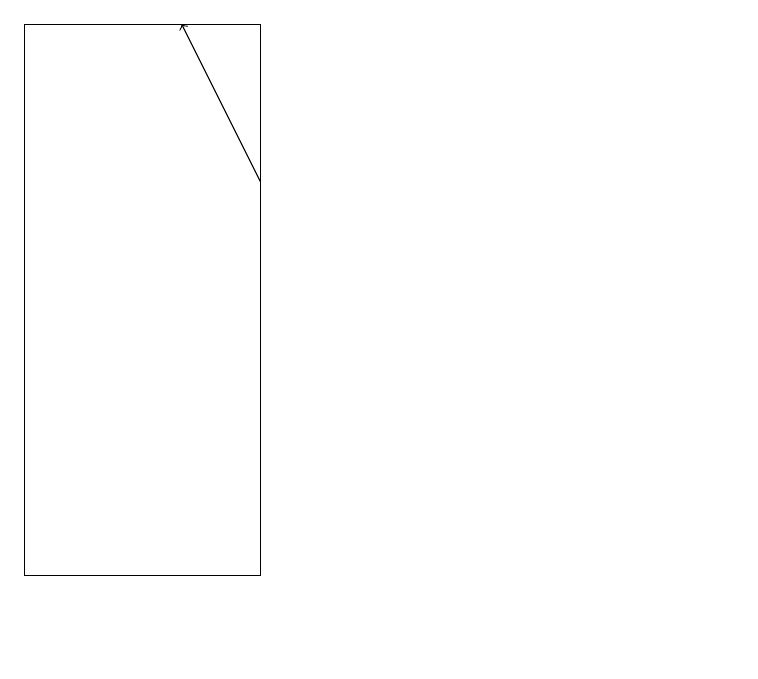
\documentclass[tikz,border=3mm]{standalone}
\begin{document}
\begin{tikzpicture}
\draw[->] (6,16) -- (5,18);
\draw (3,18) rectangle (6,11);
\draw (12,10) circle (0);
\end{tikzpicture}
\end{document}